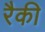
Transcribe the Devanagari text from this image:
रैकी